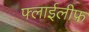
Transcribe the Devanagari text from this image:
फ्लाईलीफ